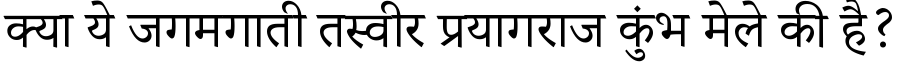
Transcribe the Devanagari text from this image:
क्या ये जगमगाती तस्वीर प्रयागराज कुंभ मेले की है?